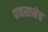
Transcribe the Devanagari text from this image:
पावसानेच